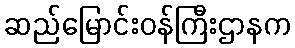
ဆည်မြောင်းဝန်ကြီးဌာနက